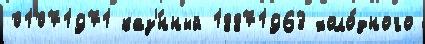
01071971 каз'́нный 18871963 холо́дного